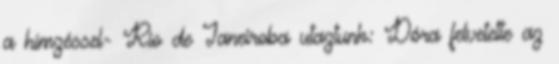
a hímzéssel- Rio de Janeiroba utaztunk: Dóra felvetette az